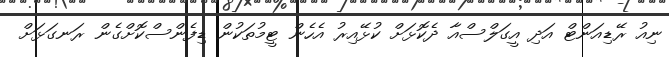
ނިއު ރޭޑިއަންޓް އަދި އީގަލްސްއާ ދެކޮޅަށް ކުޅޭއިރު އެހެން ޓީމުތަކުން ޑިފެންސްކޮށްގެން ރަނގަޅަށް